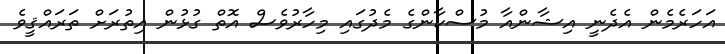
އަހަރެމެން އެދެނީ އިޝާންއާ މުސްކާންގެ މެދުގައި މިހާރުވެސް އޮތް ގުޅުން އިތުރަށް ތަރައްޤީވެ